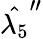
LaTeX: \hat{\lambda_{5}}^{\prime\prime}